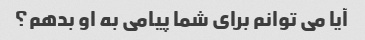
آیا می توانم برای شما پیامی به او بدهم؟